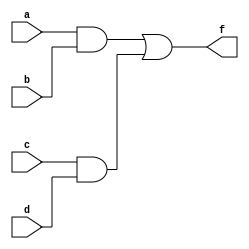
module MultiLevelSimplification (
    input wire a,     // Input variable 1
    input wire b,     // Input variable 2
    input wire c,     // Input variable 3
    input wire d,     // Input variable 4
    output wire f     // Output of simplified logic function
);

    // Intermediate sub-function simplifications
    wire ab;          // Intermediate signal for the term a AND b
    wire cd;          // Intermediate signal for the term c AND d
    wire ab_cd;       // Intermediate output for (a AND b) OR (c AND d)
    
    // Step 1: Factorization
    // Step 2 & 3: Use AND gates for simplification based on K-map and Boolean algebra
    assign ab = a & b;    // ab = a AND b
    assign cd = c & d;    // cd = c AND d
    
    // Step 4: Combine sub-functions using OR gate
    assign ab_cd = ab | cd; // f = (a AND b) OR (c AND d)
    
    // Final output (f)
    assign f = ab_cd; // This can be further simplified or combined with other terms if necessary

endmodule